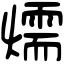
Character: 燸